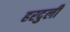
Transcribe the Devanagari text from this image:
हरदुली